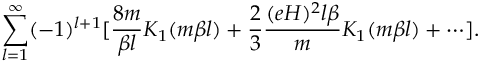
\sum _ { l = 1 } ^ { \infty } ( - 1 ) ^ { l + 1 } [ \frac { 8 m } { \beta l } K _ { 1 } ( m \beta l ) + \frac { 2 } { 3 } \frac { ( e H ) ^ { 2 } l \beta } { m } K _ { 1 } ( m \beta l ) + \cdots ] .